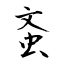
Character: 蚉